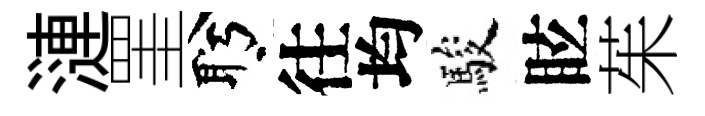
漣罣盻往均駿眩茱